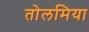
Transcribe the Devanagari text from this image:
तोलमिया